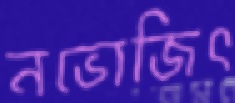
নভোজিৎ